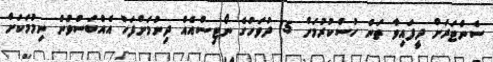
ސެންޓަރަށް ދީފައިވާ ތަން ހުސްކުރުމަށް 15 ދުވަހުގެ ނޯޓިސްއެއް ދިނުމަށްފަހު އެއްބަސްވުން ނިމުމަކަށް